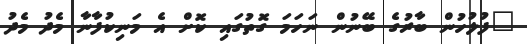
"ފުލުހުން ބާރުގެ ބޭނުން ނަހަމަ ގޮތުގައި ކޮށް އެ މަނިކުފާނާ މެދު މެދު